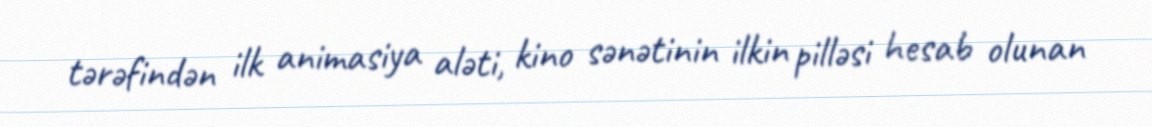
tərəfindən ilk animasiya aləti, kino sənətinin ilkin pilləsi hesab olunan